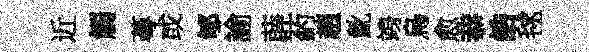
近觸蕚或郇諭薜葯趙齔竧烏愈恭誥毬